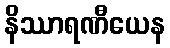
နိဿာရဏီယေန